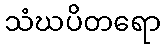
သံဃပိတရော